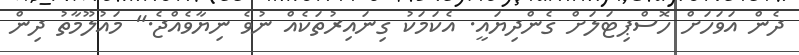
ދެން އަވަހަށް ހޮސްޕިޓަލަށް ގެންދިޔައީ. އެކަމަކު ގިނައިރުތަކެއް ނުވެ ނިޔާވެއްޖެ." މައުލޫމާތު ދިން